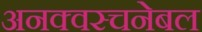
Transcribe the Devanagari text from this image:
अनक्वस्चनेबल